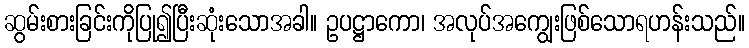
ဆွမ်းစားခြင်းကိုပြု၍ပြီးဆုံးသောအခါ။ ဥပဋ္ဌာကော၊ အလုပ်အကျွေးဖြစ်သောရဟန်းသည်။